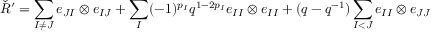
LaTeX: \check { R } ^ { \prime } = \sum _ { I \neq J } e _ { J I } \otimes e _ { I J } + \sum _ { I } ( - 1 ) ^ { p _ { I } } q ^ { 1 - 2 p _ { I } } e _ { I I } \otimes e _ { I I } + ( q - q ^ { - 1 } ) \sum _ { I < J } e _ { I I } \otimes e _ { J J }